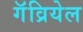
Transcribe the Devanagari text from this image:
गॅव्रियेल